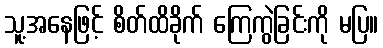
သူ့အနေဖြင့် စိတ်ထိခိုက် ကြေကွဲခြင်းကို မပြ။